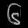
Digit: ၆